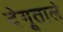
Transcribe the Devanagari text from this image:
देगूताले